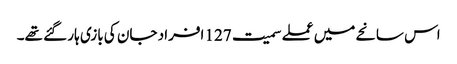
اس سانحے میں عملے سمیت 127 افراد جان کی بازی ہار گئے تھے۔